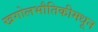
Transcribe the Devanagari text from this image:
खगोलभौतिकीमधून